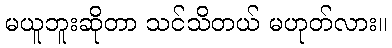
မယူဘူးဆိုတာ သင်သိတယ် မဟုတ်လား။